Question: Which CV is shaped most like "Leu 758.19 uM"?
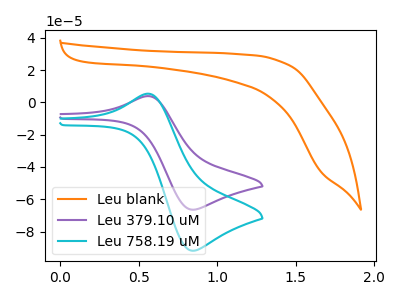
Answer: <think>The orange curve "Leu blank" has no peaks. The purple curve "Leu 379.10 uM" has an anodic peak at (0.55V, 3.90uA) and a cathodic peak at (0.85V, -66.50uA). The cyan curve "Leu 758.19 uM" has an anodic peak at (0.55V, 5.35uA) and a cathodic peak at (0.85V, -91.90uA).
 "Leu blank" and "Leu 379.10 uM" have a different number of peaks. "Leu blank" and "Leu 758.19 uM" have a different number of peaks. All the peaks in "Leu 379.10 uM" have a peak in "Leu 758.19 uM" at the same potential. Every peak in "Leu 379.10 uM" is lower than every peak in "Leu 758.19 uM".</think>
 <answer>The CV with the most similar shape to "Leu 379.10 uM" is "Leu 758.19 uM".</answer>
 <eval>"Leu 758.19 uM"</eval>